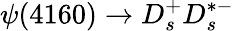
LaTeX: \psi(4160)\to D_{s}^{+}D_{s}^{*-}